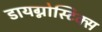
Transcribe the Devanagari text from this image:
डायग्नोस्टिक्स